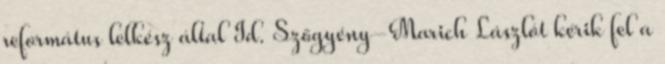
református lelkész által Id. Szőgyény-Marich Lászlót kérik fel a